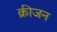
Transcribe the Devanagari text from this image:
क्रीजन